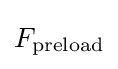
F_{\text{preload}}